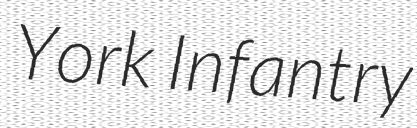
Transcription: York Infantry